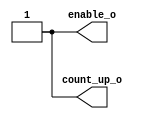
module scn_ctu #(parameter Limita = 'b10000)//la 16 fronturi vine un reset
(
output reg enable_o,
output reg count_up_o
);

initial 
begin
enable_o <= 'b1;
count_up_o <= 'b1;
end

endmodule